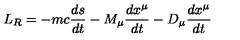
L _ { R } = - m c { \frac { d s } { d t } } - M _ { \mu } { \frac { d x ^ { \mu } } { d t } } - D _ { \mu } { \frac { d x ^ { \mu } } { d t } }